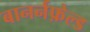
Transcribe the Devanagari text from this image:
बानर्नफ़ेल्ड